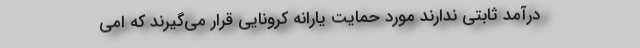
درآمد ثابتی ندارند مورد حمایت یارانه کرونایی قرار می‌گیرند که امی